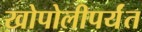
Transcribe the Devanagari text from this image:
खोपोलीपर्यंत